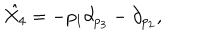
LaTeX: \hat { X _ { 4 } } = - p _ { 1 } \partial _ { p _ { 3 } } - \partial _ { p _ { 2 } } ,